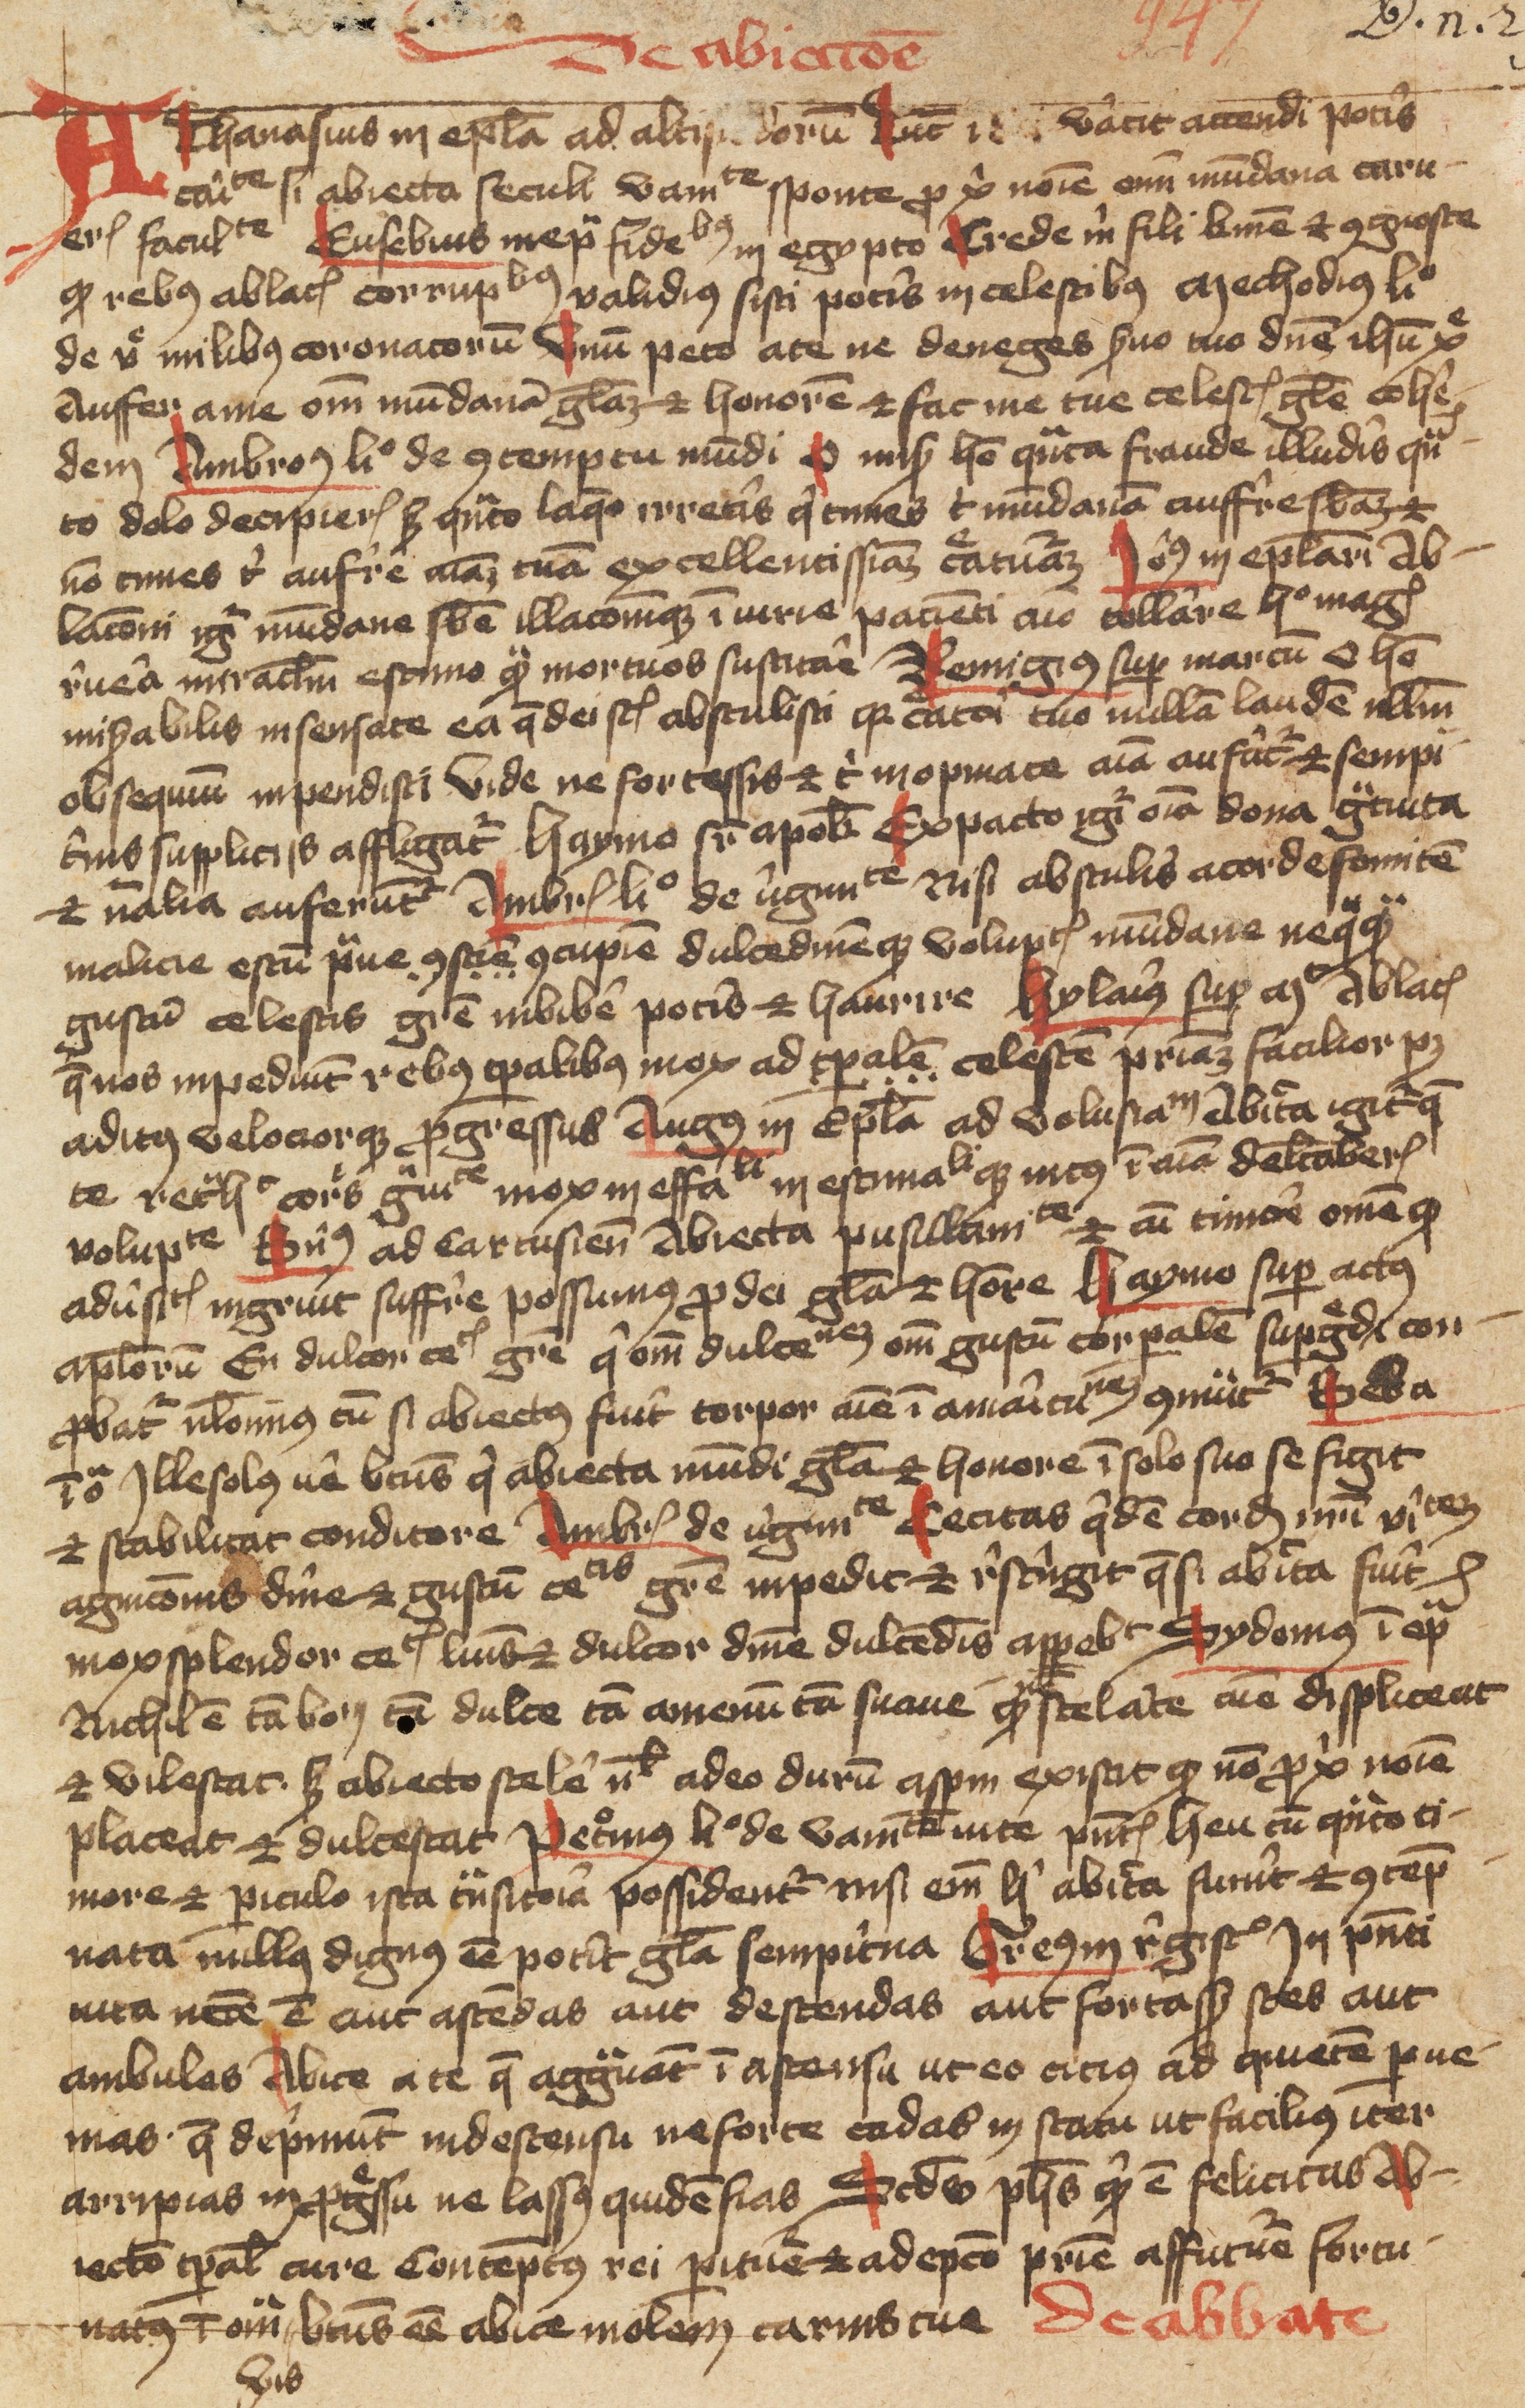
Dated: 1400–1499